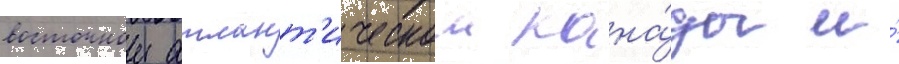
восточнои атлант'ическои кана́ды и́